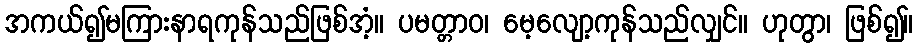
အကယ်၍မကြားနာရကုန်သည်ဖြစ်အံ့။ ပမတ္တာဝ၊ မေ့လျော့ကုန်သည်လျှင်။ ဟုတွာ၊ ဖြစ်၍။